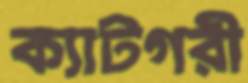
ক্যাটগরী